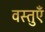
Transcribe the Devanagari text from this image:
वस्तुऍँ